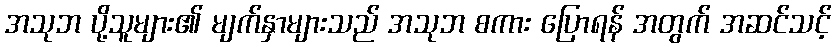
အသုဘ ပို့သူများ၏ မျက်နှာများသည် အသုဘ စကား ပြောရန် အတွက် အဆင်သင့်